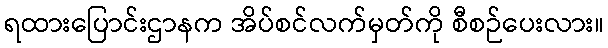
ရထားပြောင်းဌာနက အိပ်စင်လက်မှတ်ကို စီစဉ်ပေးလား။